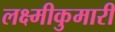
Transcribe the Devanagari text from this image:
लक्ष्मीकुमारी